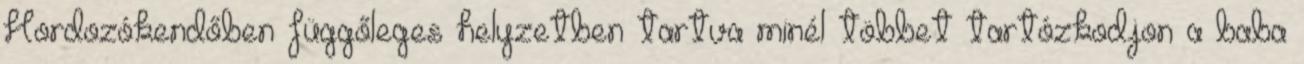
Hordozókendőben függőleges helyzetben tartva minél többet tartózkodjon a baba